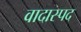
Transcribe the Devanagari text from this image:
वादास्पद